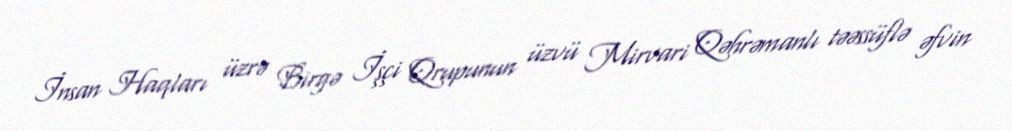
İnsan Haqları üzrə Birgə İşçi Qrupunun üzvü Mirvari Qəhrəmanlı təəssüflə əfvin